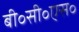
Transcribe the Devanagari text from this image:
बी॰सी॰एस॰